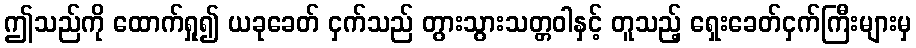
ဤသည်ကို ထောက်ရှု၍ ယခုခေတ် ငှက်သည် တွားသွားသတ္တဝါနှင့် တူသည့် ရှေးခေတ်ငှက်ကြီးများမှ